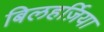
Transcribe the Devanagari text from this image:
बिलहर्ज़िया